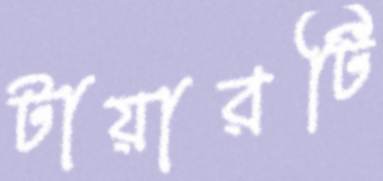
টায়ারটি